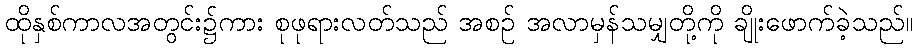
ထိုနှစ်ကာလအတွင်း၌ကား စုဖုရားလတ်သည် အစဉ် အလာမှန်သမျှတို့ကို ချိုးဖောက်ခဲ့သည်။